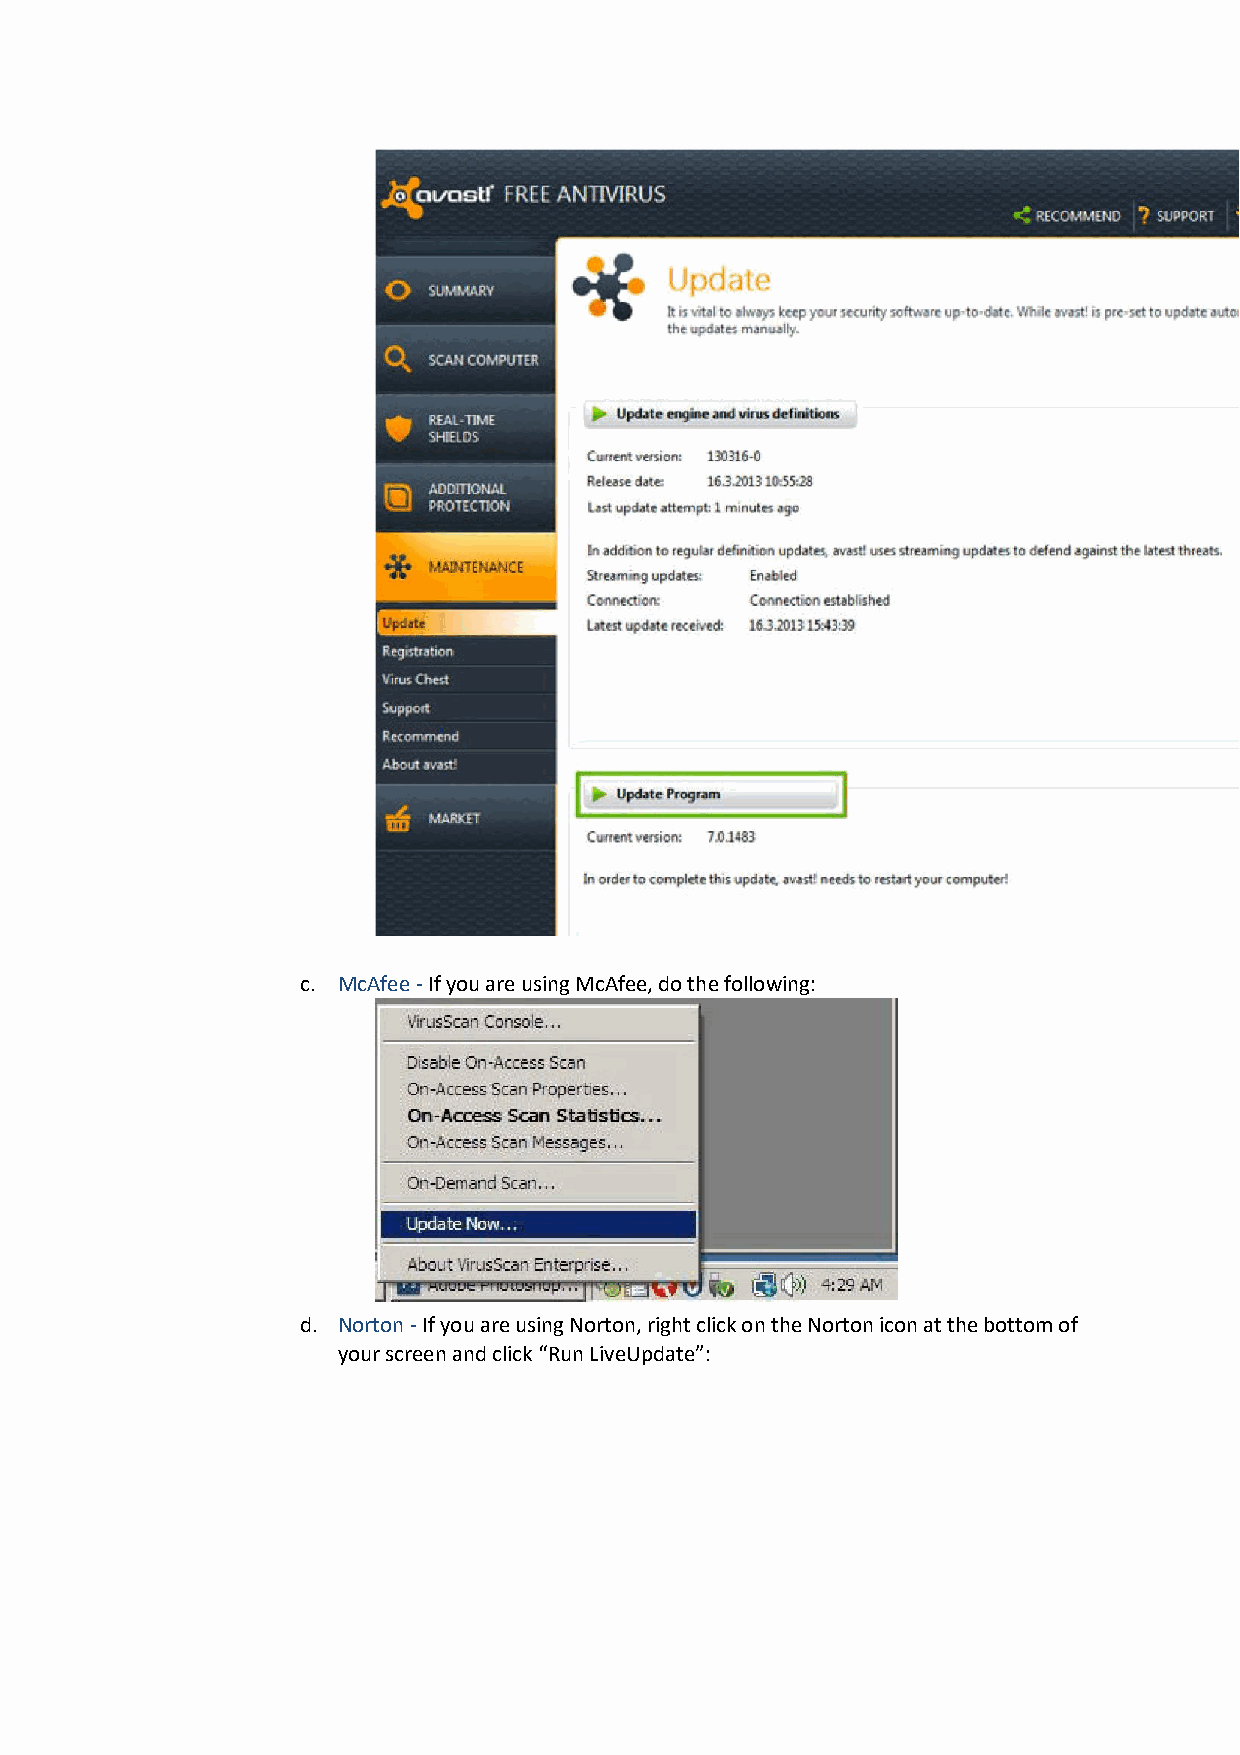
c. McAfee - If you are using McAfee, do the following:
 d. Norton - If you are using Norton, right click on the Norton icon at the bottom of
 your screen and click “Run LiveUpdate”: